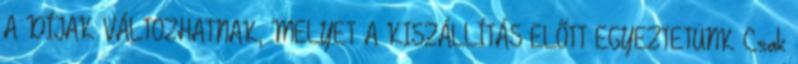
A DÍJAK VÁLTOZHATNAK, MELYET A KISZÁLLÍTÁS ELŐTT EGYEZTETÜNK Csak